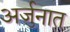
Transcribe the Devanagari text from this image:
अर्जुनात